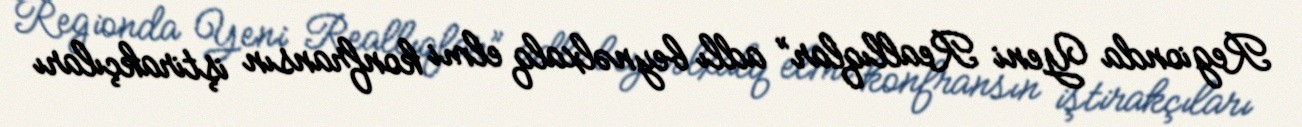
Regionda Yeni Reallıqlar” adlı beynəlxalq elmi konfransın iştirakçıları